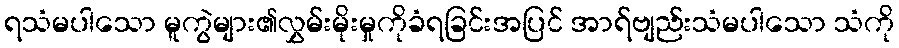
ရသံမပါသော မူကွဲများ၏လွှမ်းမိုးမှုကိုခံရခြင်းအပြင် အာရ်ဗျည်းသံမပါသော သံကို